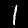
Label: 1